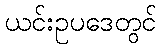
ယင်းဥပဒေတွင်